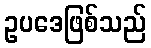
ဥပဒေဖြစ်သည်